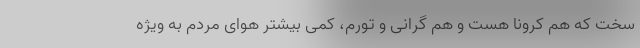
سخت که هم کرونا هست و هم گرانی و تورم، کمی بیشتر هوای مردم به ویژه